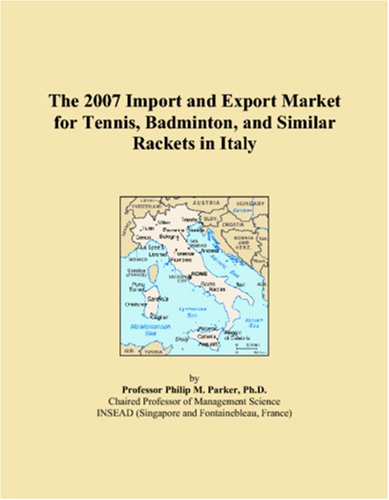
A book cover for The 2007 Import and Export Market for Tennis, Badminton, and Similar Rackets in Italy; Philip M. Parker; Sports & Outdoors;